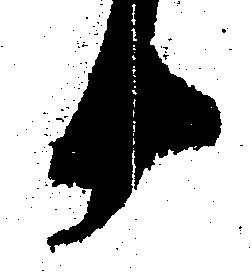
十